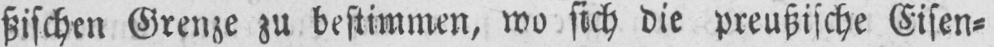
ßischen Grenze zu bestimmen, wo sich die preußische Eisen⸗